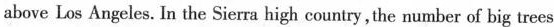
above Los Angeles. In the Sierra high country, the number of big trees